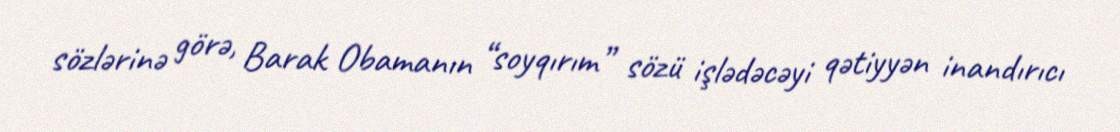
sözlərinə görə, Barak Obamanın “soyqırım” sözü işlədəcəyi qətiyyən inandırıcı